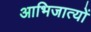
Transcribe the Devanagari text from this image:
आभिजात्यों